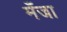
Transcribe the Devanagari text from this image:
मँजा